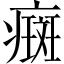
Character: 癍